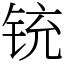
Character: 铳